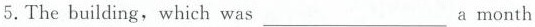
5. The building,which was______a month